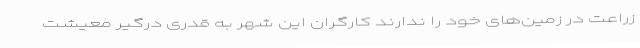
زراعت در زمین‌های خود را ندارند کارگران این شهر به قدری درگیر معیشت